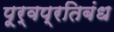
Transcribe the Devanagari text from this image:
पूर्वप्रतिबंध